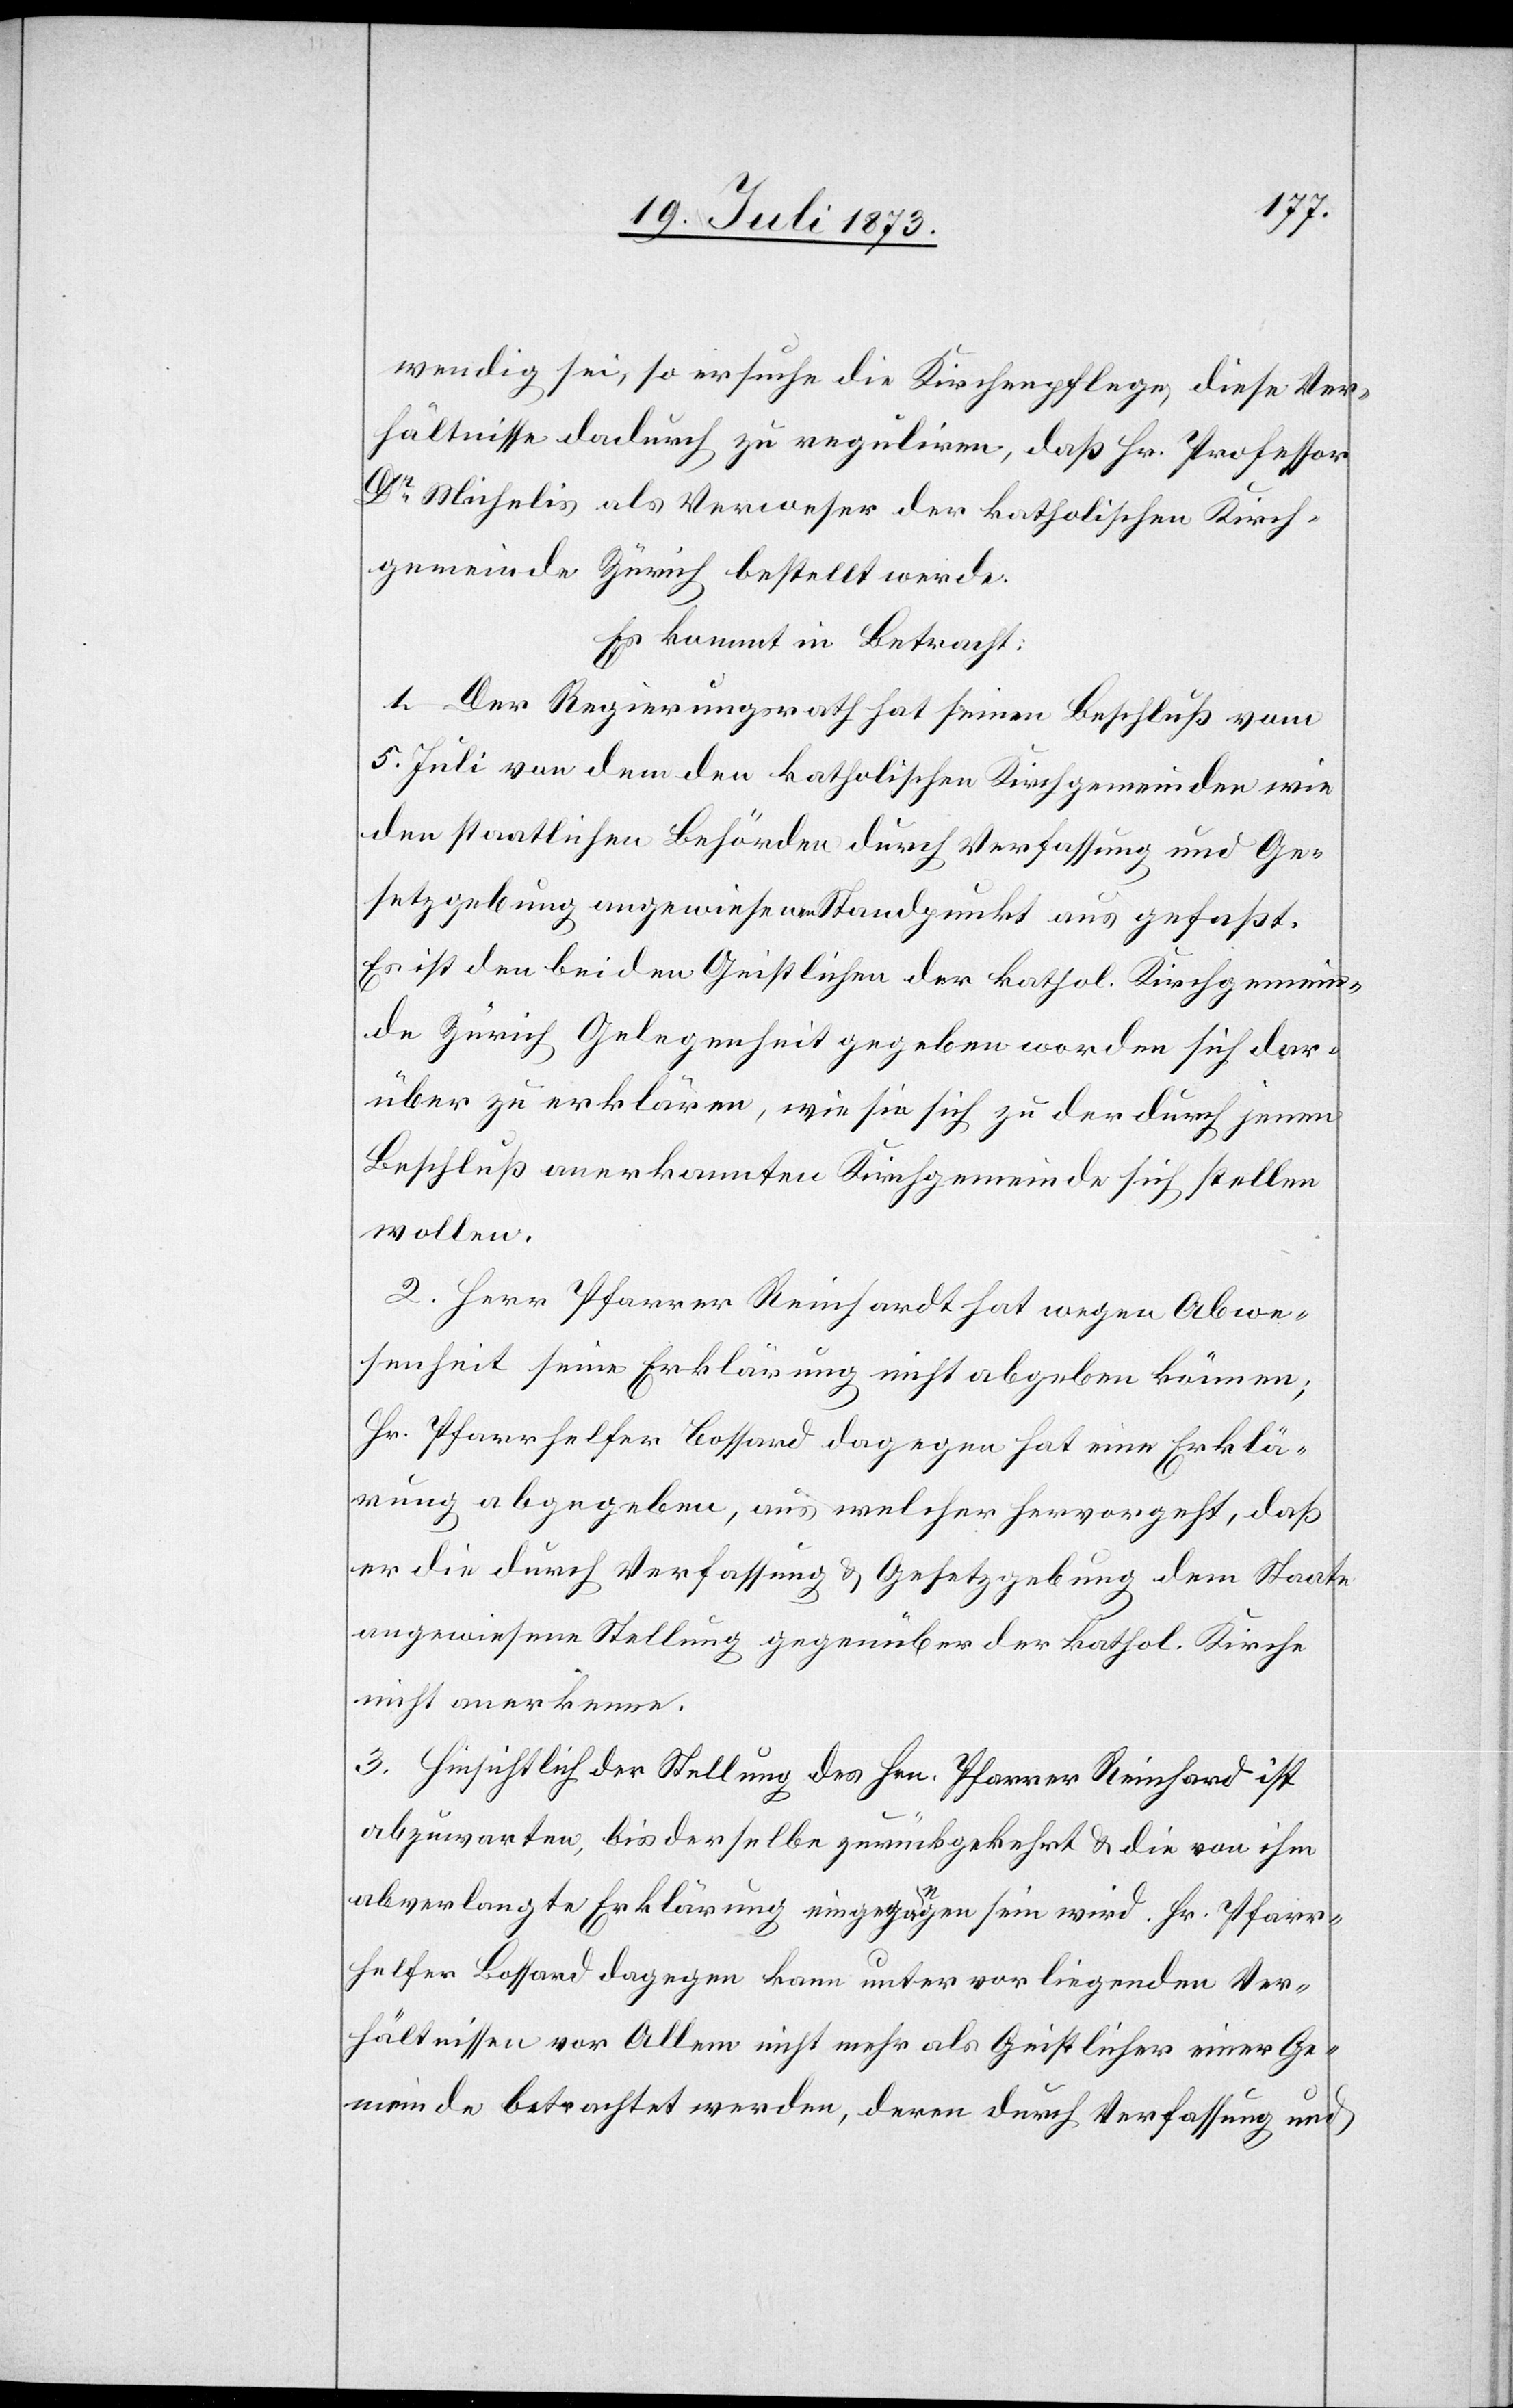
wendig sei, so ersuche die Kirchenpflege, diese Ver¬
hältnisse dadurch zu reguliren, daß Hr. Professor
Dr Michelis als Verweser der katholischen Kirch¬
gemeinde Zürich bestellt werde.
Es kommt in Betracht:
1. Der Regierungsrath hat seinen Beschluß vom
5. Juli von dem den katholischen Kirchgemeinden wie
den staatlichen Behörden durch Verfassung und Ge¬
setzgebung angewiesenen Standpunkt aus gefaßt.
Es ist den beiden Geistlichen der kathol. Kirchgemein¬
de Zürich Gelegenheit gegeben worden sich dar¬
über zu erklären, wie sie sich zu der durch jenen
Beschluß anerkannten Kirchgemeinde sich [sic!] stellen
wollen.
2. Herr Pfarrer Reinhardt [sic!] hat wegen Abwe¬
senheit seine Erklärung nicht abgeben können;
Hr. Pfarrhelfer Bossard dagegen hat eine Erklä¬
rung abgegeben, aus welcher hervorgeht, daß
er die durch Verfassung & Gesetzgebung dem Staate
angewiesene Stellung gegenüber der kathol. Kirche
nicht anerkenne.
3. Hinsichtlich der Stellung des Hrn. Pfarrer Reinhard ist
abzuwarten, bis derselbe zurückgekehrt & die von ihm
abverlangte Erklärung eingegangen sein wird. Hr. Pfarr¬
helfer Bossard dagegen kann unter vorliegenden Ver¬
hältnissen vor Allem nicht mehr als Geistlicher einer Ge¬
meinde betrachtet werden, deren durch Verfassung und